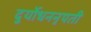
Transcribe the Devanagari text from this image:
दुर्योधननृपती